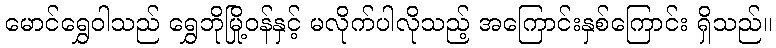
မောင်ရွှေဝါသည် ရွှေဘိုမြို့ဝန်နှင့် မလိုက်ပါလိုသည့် အကြောင်းနှစ်ကြောင်း ရှိသည်။